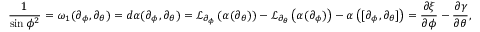
\frac { 1 } { \sin { \phi } ^ { 2 } } = \omega _ { 1 } ( \partial _ { \phi } , \partial _ { \theta } ) = d \alpha ( \partial _ { \phi } , \partial _ { \theta } ) = \mathcal { L } _ { \partial _ { \phi } } \left( \alpha ( \partial _ { \theta } ) \right) - \mathcal { L } _ { \partial _ { \theta } } \left( \alpha ( \partial _ { \phi } ) \right) - \alpha \left( [ \partial _ { \phi } , \partial _ { \theta } ] \right) = \frac { \partial \xi } { \partial \phi } - \frac { \partial \gamma } { \partial \theta } ,